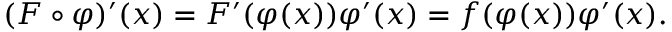
( F \circ \varphi ) ^ { \prime } ( x ) = F ^ { \prime } ( \varphi ( x ) ) \varphi ^ { \prime } ( x ) = f ( \varphi ( x ) ) \varphi ^ { \prime } ( x ) .